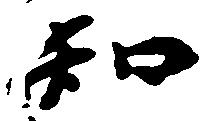
知